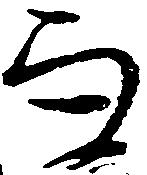
而